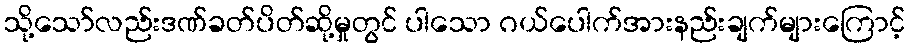
သို့သော်လည်းဒဏ်ခတ်ပိတ်ဆို့မှုတွင် ပါသော ဂယ်ပေါက်အားနည်းချက်များကြောင့်